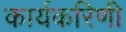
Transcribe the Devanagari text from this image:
कार्यकरिणी